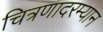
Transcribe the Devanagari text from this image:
चित्रणादरम्यान